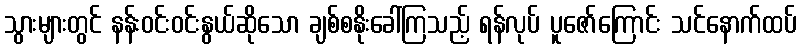
သွားများတွင် နန်းဝင်းဝင်းနွယ်ဆိုသော ချစ်စနိုးခေါ်ကြသည့် ရန်လုပ် ပူဇော်ကြောင်း သင်နောက်ထပ်